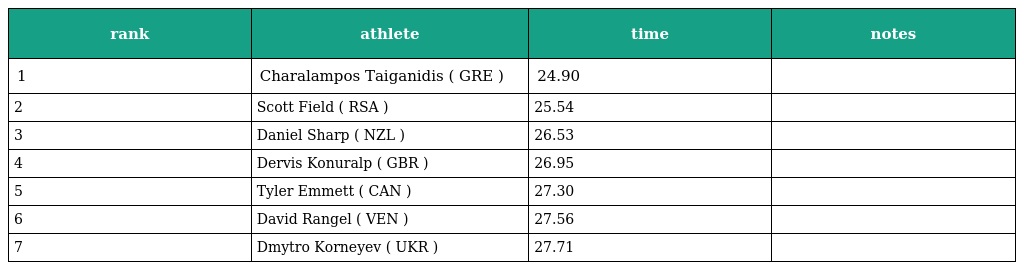
| rank | athlete | time | notes |
 | --- | --- | --- | --- |
 | 1 | Charalampos Taiganidis ( GRE ) | 24.90 |  |
 | 2 | Scott Field ( RSA ) | 25.54 |  |
 | 3 | Daniel Sharp ( NZL ) | 26.53 |  |
 | 4 | Dervis Konuralp ( GBR ) | 26.95 |  |
 | 5 | Tyler Emmett ( CAN ) | 27.30 |  |
 | 6 | David Rangel ( VEN ) | 27.56 |  |
 | 7 | Dmytro Korneyev ( UKR ) | 27.71 |  |